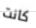
كانت